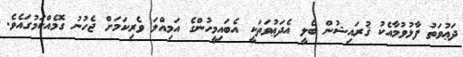
ދަޢުވަތު ފާޅުވުމާއެކު ޤުރައިޝުން ބެލީ އެދަޢުވަތަކީ އެބައިމީހުންގެ އަމިއްލަ ވެރިކަމަށް ޖެހުނު ގޮމެއްކަމުގައެވެ.